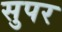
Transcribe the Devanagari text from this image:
सुपर